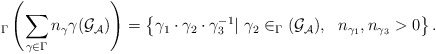
\begin{align*}_{\Gamma}\left(\sum _{\gamma\in\Gamma}n_{\gamma}\gamma(\mathcal{G_A})\right)=\left\{\gamma_1\cdot\gamma_2\cdot\gamma_3^{-1}|\ \gamma_2\in_{\Gamma}(\mathcal{G_A}),\ \ n_{\gamma_1},n_{\gamma_3}>0\right\}.\end{align*}